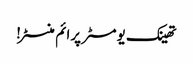
تھینک یومسٹر پرائم منسٹر!